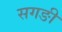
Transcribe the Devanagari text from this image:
सगङी